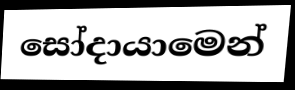
සෝදායාමෙන්